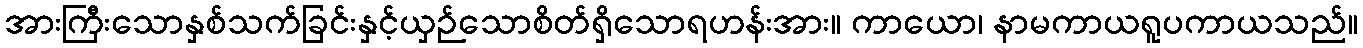
အားကြီးသောနှစ်သက်ခြင်းနှင့်ယှဉ်သောစိတ်ရှိသောရဟန်းအား။ ကာယော၊ နာမကာယရူပကာယသည်။